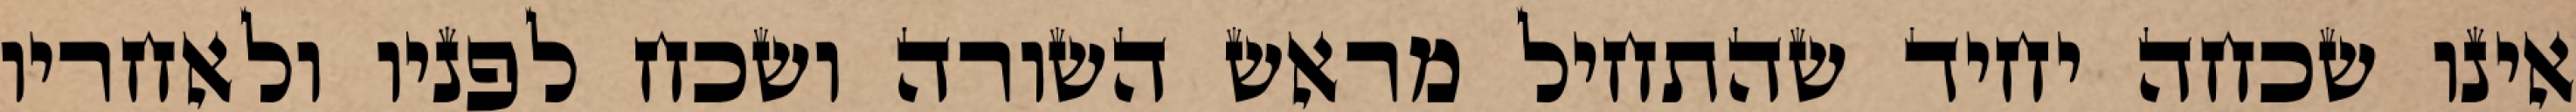
אינו שכחה יחיד שהתחיל מראש השורה ושכח לפניו ולאחריו